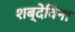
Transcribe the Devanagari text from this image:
शब्देविना